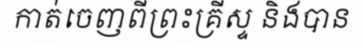
កាត់ចេញពីព្រះគ្រីស្ទ និងបាន